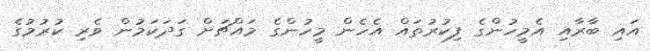
އައި ބާރާއި އެމީހުންގެ ފިކުރުތައް އެހެން މީހުންގެ މައްޗަށް ގަދަކަމުން ވެރި ކުރުމުގެ